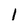
Character: 1